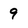
Character: 9